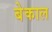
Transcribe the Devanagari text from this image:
बेकाल